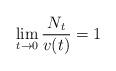
LaTeX: \begin{align*}\lim_{t\to 0}\frac{N_t}{v(t)} = 1 \end{align*}